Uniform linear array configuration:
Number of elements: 8
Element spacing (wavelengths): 0.25
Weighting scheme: uniform
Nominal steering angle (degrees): -60
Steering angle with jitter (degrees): -58.244
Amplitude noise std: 0.05
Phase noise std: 0.05

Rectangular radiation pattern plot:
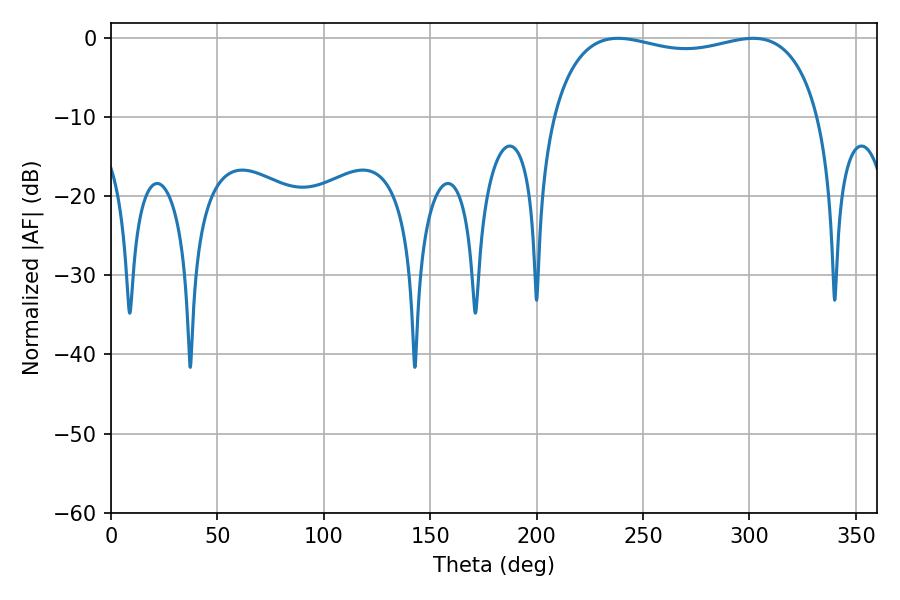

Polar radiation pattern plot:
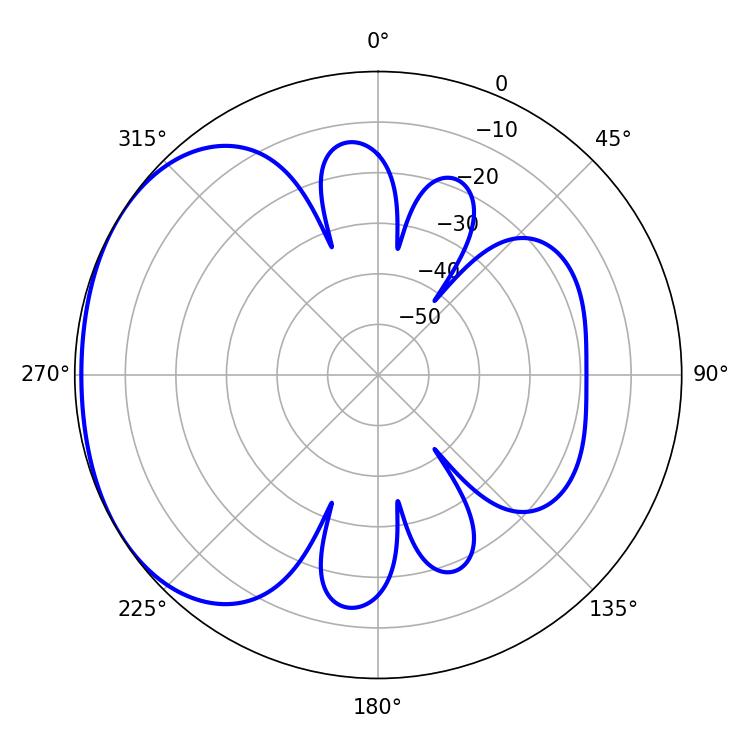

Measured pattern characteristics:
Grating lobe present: FALSE
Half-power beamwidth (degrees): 102.24
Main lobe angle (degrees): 238.32